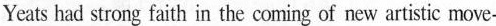
Yeats had strong faith in the coming of new artistic movwe-